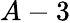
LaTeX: A-3